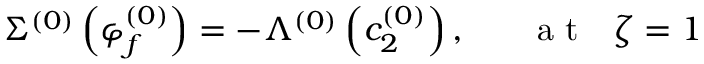
\Sigma ^ { ( 0 ) } \left( \varphi _ { f } ^ { ( 0 ) } \right) = - \Lambda ^ { ( 0 ) } \left( c _ { 2 } ^ { ( 0 ) } \right) , ~ ~ ~ ~ ~ \mathrm { ~ a ~ t ~ } ~ ~ \zeta = 1